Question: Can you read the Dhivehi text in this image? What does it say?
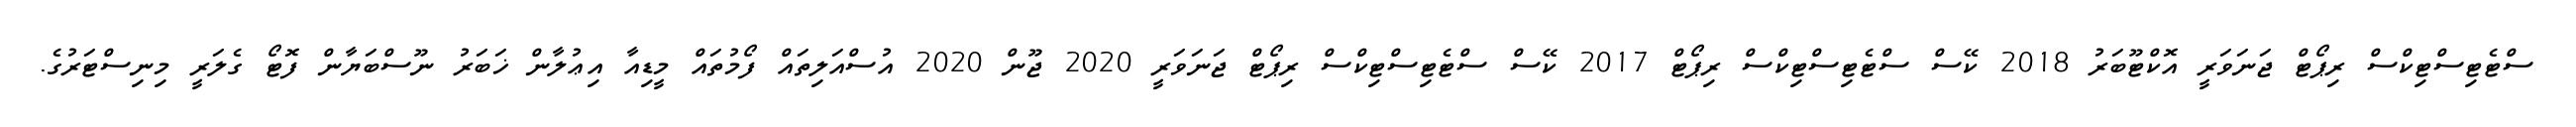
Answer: ސްޓެޓިސްޓިކްސް ރިޕޯޓް ޖަނަވަރީ އޮކްޓޫބަރު 2018 ކޭސް ސްޓެޓިސްޓިކްސް ރިޕޯޓް 2017 ކޭސް ސްޓެޓިސްޓިކްސް ރިޕޯޓް ޖަނަވަރީ 2020 ޖޫން 2020 އުސްއަލިތައް ފޯމުތައް މީޑިއާ އިޢުލާން ޚަބަރު ނޫސްބަޔާން ފޮޓޯ ގެލަރީ މިނިސްޓަރުގެ.